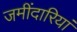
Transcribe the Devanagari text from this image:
जमींदारियां